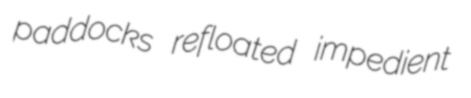
paddocks refloated impedient